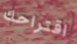
اقتراحك